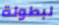
لبطولة